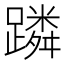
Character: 蹸